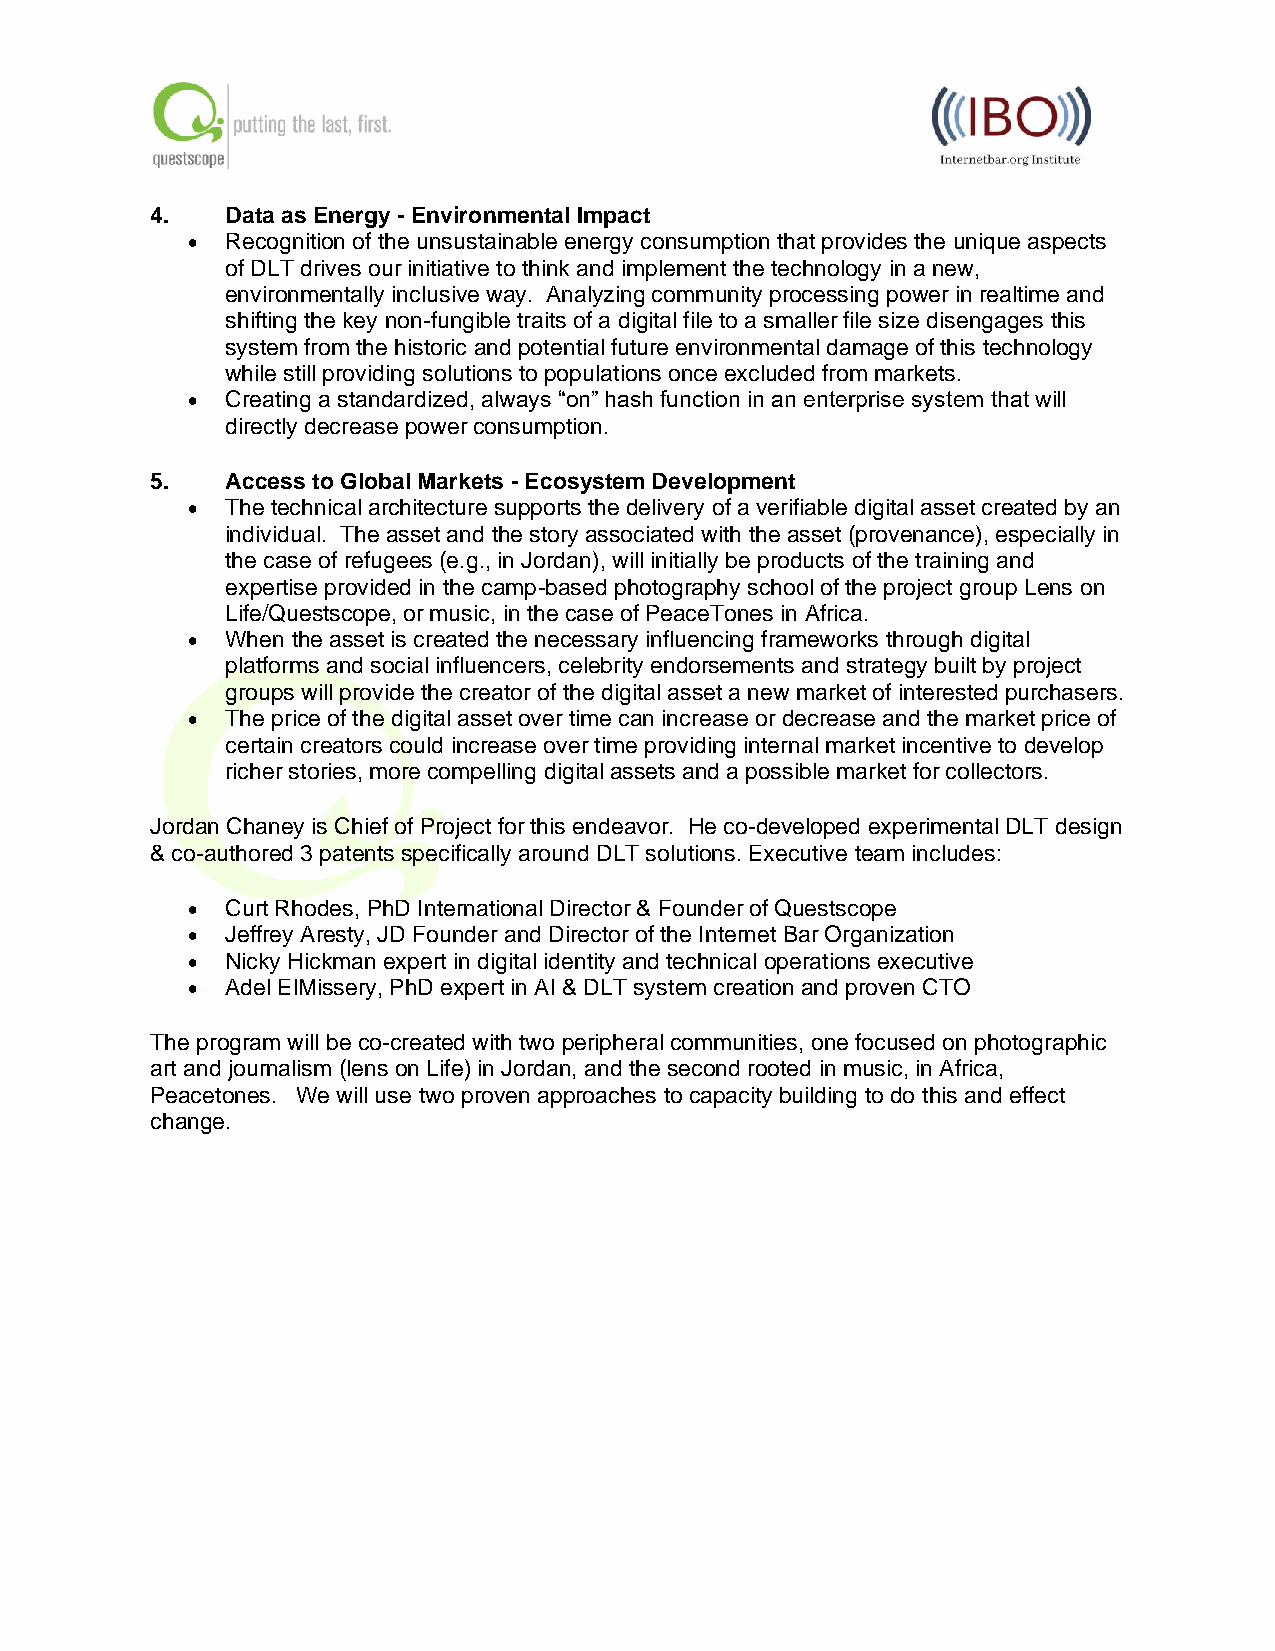
4.   Data as Energy - Environmental Impact
 •  Recognition of the unsustainable energy consumption that provides the unique aspects
 of DLT drives our initiative to think and implement the technology in a new,
 environmentally inclusive way. Analyzing community processing power in realtime and
 shifting the key non-fungible traits of a digital file to a smaller file size disengages this
 system from the historic and potential future environmental damage of this technology
 while still providing solutions to populations once excluded from markets.
 •  Creating a standardized, always “on” hash function in an enterprise system that will
 directly decrease power consumption.
 5.   Access to Global Markets - Ecosystem Development
 •  The technical architecture supports the delivery of a verifiable digital asset created by an
 individual. The asset and the story associated with the asset (provenance), especially in
 the case of refugees (e.g., in Jordan), will initially be products of the training and
 expertise provided in the camp-based photography school of the project group Lens on
 Life/Questscope, or music, in the case of PeaceTones in Africa.
 •  When the asset is created the necessary influencing frameworks through digital
 platforms and social influencers, celebrity endorsements and strategy built by project
 groups will provide the creator of the digital asset a new market of interested purchasers.
 •  The price of the digital asset over time can increase or decrease and the market price of
 certain creators could increase over time providing internal market incentive to develop
 richer stories, more compelling digital assets and a possible market for collectors.
 Jordan Chaney is Chief of Project for this endeavor. He co-developed experimental DLT design
 & co-authored 3 patents specifically around DLT solutions. Executive team includes:
 •  Curt Rhodes, PhD International Director & Founder of Questscope
 •  Jeffrey Aresty, JD Founder and Director of the Internet Bar Organization
 •  Nicky Hickman expert in digital identity and technical operations executive
 •  Adel ElMissery, PhD expert in AI & DLT system creation and proven CTO
 The program will be co-created with two peripheral communities, one focused on photographic
 art and journalism (lens on Life) in Jordan, and the second rooted in music, in Africa,
 Peacetones. We will use two proven approaches to capacity building to do this and effect
 change.